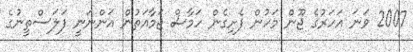
2007 ވަނަ އަހަރުގެ ޖޫން މަހުން ފެށިގެން ހަމާސް ޖަމާއަތުން އަންނަނީ ފަލަސްތީނުގެ